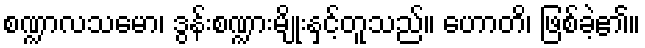
စဏ္ဍာလသမော၊ ဒွန်းစဏ္ဍားမျိုးနှင့်တူသည်။ ဟောတိ၊ ဖြစ်ခဲ့၏။